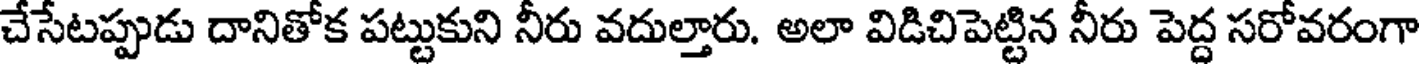
చేసేటప్పుడు దానితోక పట్టుకుని నీరు వదుల్తారు. అలా విడిచిపెట్టిన నీరు పెద్ద సరోవరంగా